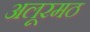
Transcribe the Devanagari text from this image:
अलूरमठ